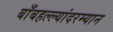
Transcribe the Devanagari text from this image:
बाँबहल्ल्यांदरम्यान